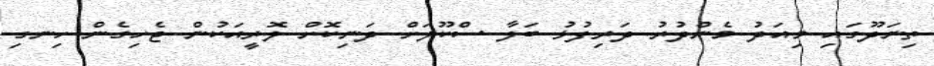
ތިނަދޫގައި މިއަދު މެންދުރު ދަރިފުޅު ބަލާ ސްކޫލަށް ދަނިކޮށް ލޮރީއަކުން ޖެހިގެން ހިނގި